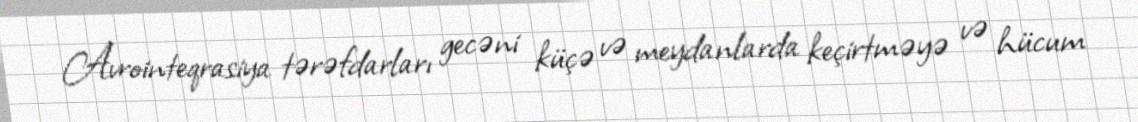
Avrointeqrasiya tərəfdarları gecəni küçə və meydanlarda keçirtməyə və hücum